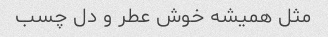
مثل همیشه خوش عطر و دل چسب